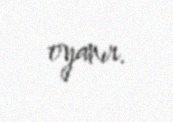
oyanır.